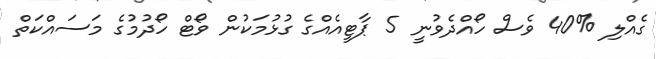
ގެއްލި %40 ވެސް ހޯއްދެވުނީ 5 ޕާޓީއެއްގެ ގުޅުމަކުން ވޯޓް ހޯދުމުގެ މަސައްކަތް